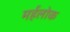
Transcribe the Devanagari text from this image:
मर्हलोक